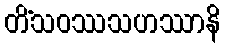
တိံသဝဿသဟဿာနိ